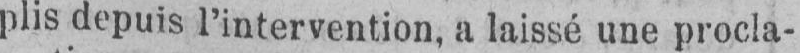
plis depuis l’intervention, a laissé une procla-